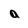
Character: a